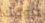
بيومك